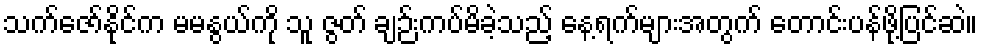
သက်ဇော်နိုင်က မမနွယ်ကို သူ ဇွတ် ချဉ်းကပ်မိခဲ့သည့် နေ့ရက်များအတွက် တောင်းပန်ဖို့ပြင်ဆဲ။